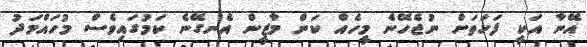
އޭނާ އަކީ ފަހަތަށް ނުޖެހޭނެ މީހެއް ކަން މާޒީން އެނގޭނެ ކަމުގައިވެސް މުހައްމަދު